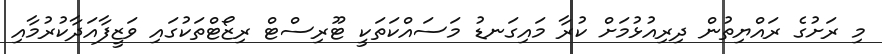
މި ރަށުގެ ރައްޔިތުން ދިރިއުޅުމަށް ކުރާ މައިގަނޑު މަސައްކަތަކީ ޓޫރިސްޓް ރިޒޯޓްތަކުގައި ވަޒީފާއަދާކުރުމާއި